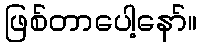
ဖြစ်တာပေါ့နော်။